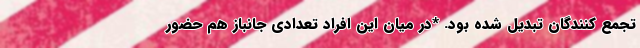
تجمع کنندگان تبدیل شده بود. *در میان این افراد تعدادی جانباز هم حضور